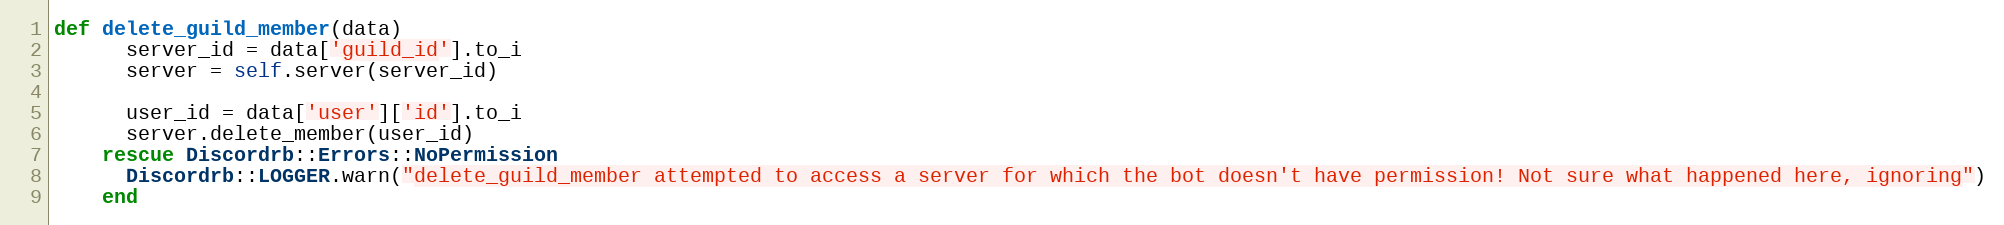
Language: Ruby
def delete_guild_member(data)
      server_id = data['guild_id'].to_i
      server = self.server(server_id)

      user_id = data['user']['id'].to_i
      server.delete_member(user_id)
    rescue Discordrb::Errors::NoPermission
      Discordrb::LOGGER.warn("delete_guild_member attempted to access a server for which the bot doesn't have permission! Not sure what happened here, ignoring")
    end